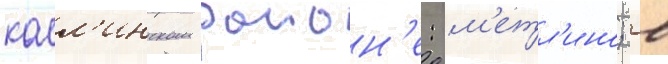
касл'инском раион'е: м'етл'ино; в